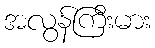
အလွန်ကြီးမား